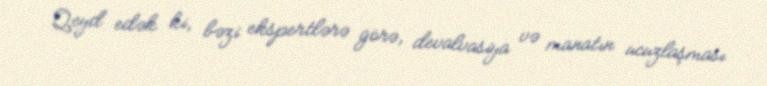
Qeyd edək ki, bəzi ekspertlərə görə, devalvasiya və manatın ucuzlaşması